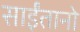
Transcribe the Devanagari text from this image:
साईंतानो